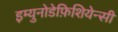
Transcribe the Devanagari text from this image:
इम्युनोडेफ़िशियेन्सी